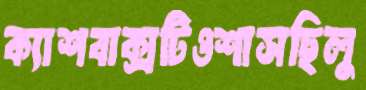
ক্যাশবাক্সটিওশাসছিলু